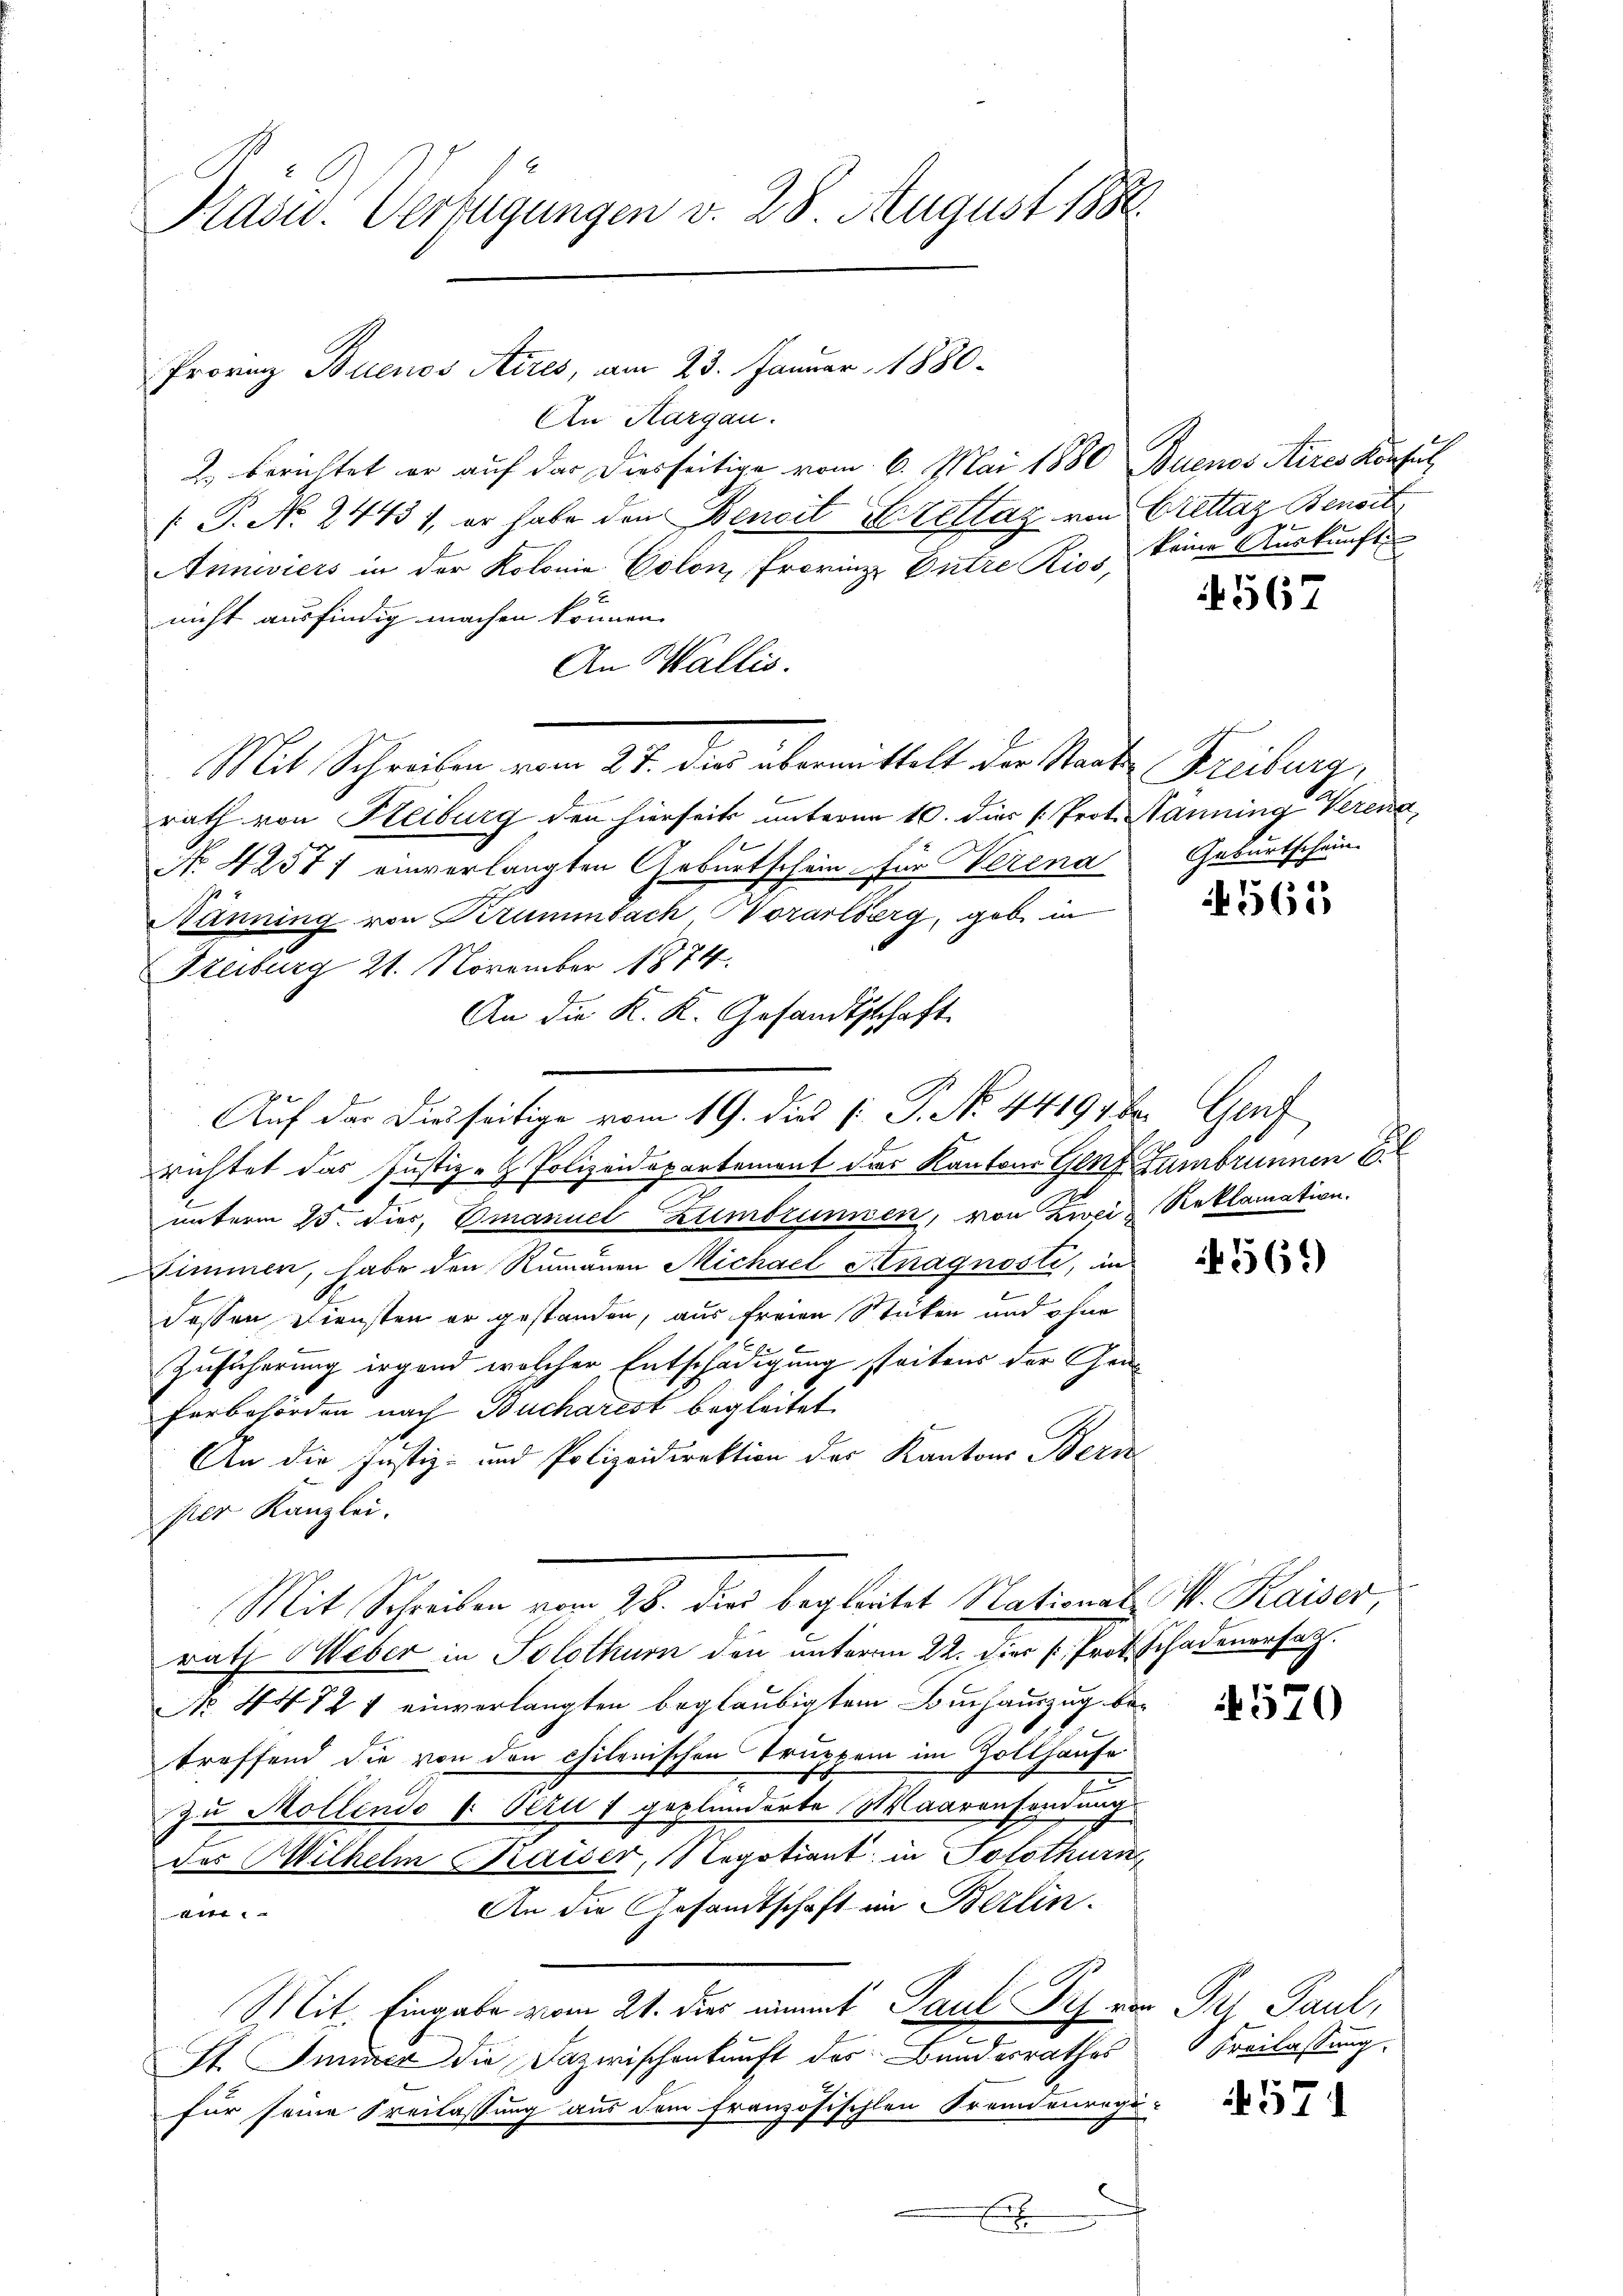
Prasw. Verfügungen v. 28 August 1880

Provinz Buenos Aires, am 23. Januar 1880
An Aargau.
2. berichtet er auf das Diesseitige vom 6. Mai 1880 Buenos Aires Konfert
 P. No. 24431, er habe den Beneit Stettag von Brettaz Bensit
Anniviers in der Kolonie Colon, Provinze Entre Kios, keine Auskünften
nicht ausfindig machen können.
An Wallis.
Mit Schreiben vom 21. der übermittelt der Staate
rath von Freiburg den hierseits unterm 10. dir s. Prot. Manning Verena,
No 42571 einverlangten Geburtschein für Verena
Hänning von Krummbach, Vorarlberg, gab in
Freiburg 21. November 1874.
An die K. K. Gesandtschaft
richtet das Justiz- & Polizeidepartement dies Kantons Genf Tambrunnen 6.
unterm 25. dies, Emanuel Zumbrunnen, von Zwei Reklamation.
Zimmen, habe den Rumanen Michael Knagnosti, in
dessen Diensten er gestanden, aus freien Sticken und ohne
Zusicherung irgend welcher Entschädigung seitens der Gen¬
Forbehörden nach Bucharest begleitet
An die Justiz- und Polizeidirektion der Kantons Beri
per Kanzlei.
Mit Schreiben vom 28. dies begleitet Nationat P. Kaiser,
rath Weber in Solothurn den unterm 22. hier p. Prof. Schadenersatz.
No. 4472 1 einverlangten beglaubigtem Buchauszug betreffend die von den chilenischen Truppen im Zollhause
zu Mollendo (: Peru 1 geplanderte Maarensendung
des Wilhelm Kaiser, Regotiant in Solothurn
An die Gesandtschaft im Berlin.

Mit Eingabe vom 21. dies nimmt Paul Dr. von Pri Paul,
St. Immer die Dazwischenkunft des Bundesrathes
für seine Freilassung aus dem französischen Fremdenregu-

Auf der dieseitige vom 19. dies : P. No. 44197 b. Genf

4567

Freiburg,
Geburtschen

4565

if. 561)

570

Freilassung.

571